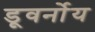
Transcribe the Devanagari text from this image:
डूवर्नोय